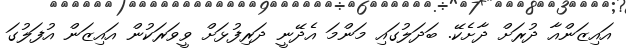
އައިޒަންއާ ދުރަށް ދާށެކޭ. ބަދަލުގައި މަންމަ އެދޭނީ ދަރިފުޅަށް ވީވަރަކުން އައިޒަން އުފަލުގަ